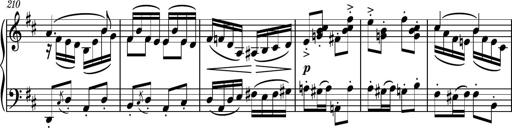
Title: Piano Sonatina No.6
Composer: Dimitri Sykias
Key: A major